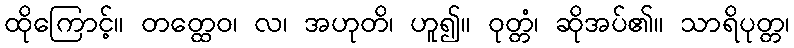
ထိုကြောင့်။ တတ္ထေဝ၊ လ၊ အဟုတိ၊ ဟူ၍။ ဝုတ္တံ၊ ဆိုအပ်၏။ သာရိပုတ္တ၊